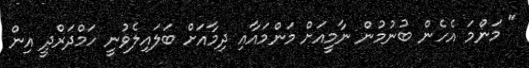
" މަންމަ އެހެން ބުނުމުން ނާމީއަށް މަންމައާއި ދިމާއަށް ބަލައިލެވުނީ ހަމްދަރްދީ އިން